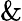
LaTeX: \And